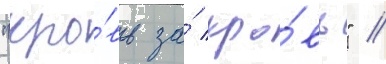
"кро́вь за́ кро́вь" //